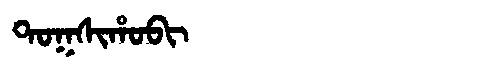
Manchu: ᡨᠣᡴᠰᡳᡥᠣᠪᡳ
Romanization: TOKSIHOBI